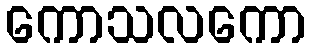
ကောသလကော